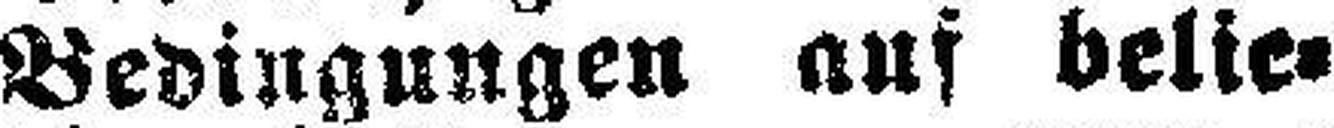
Bedingungen auf belie¬